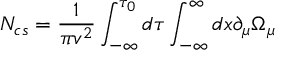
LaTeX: { \cal N } _ { c s } = \frac { 1 } { \pi v ^ { 2 } } \int _ { - \infty } ^ { \tau _ { 0 } } d \tau \int _ { - \infty } ^ { \infty } d x \partial _ { \mu } \Omega _ { \mu }